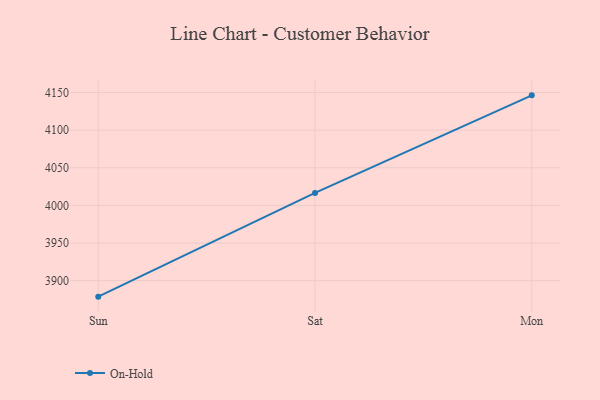
{"axis": {"x": "Day", "y": "Bounce Rate (%)"}, "legend": ["On-Hold"], "data": [{"x": "Sun", "y": 3878.8, "type": "On-Hold"}, {"x": "Sat", "y": 4016.6, "type": "On-Hold"}, {"x": "Mon", "y": 4146.2, "type": "On-Hold"}]}